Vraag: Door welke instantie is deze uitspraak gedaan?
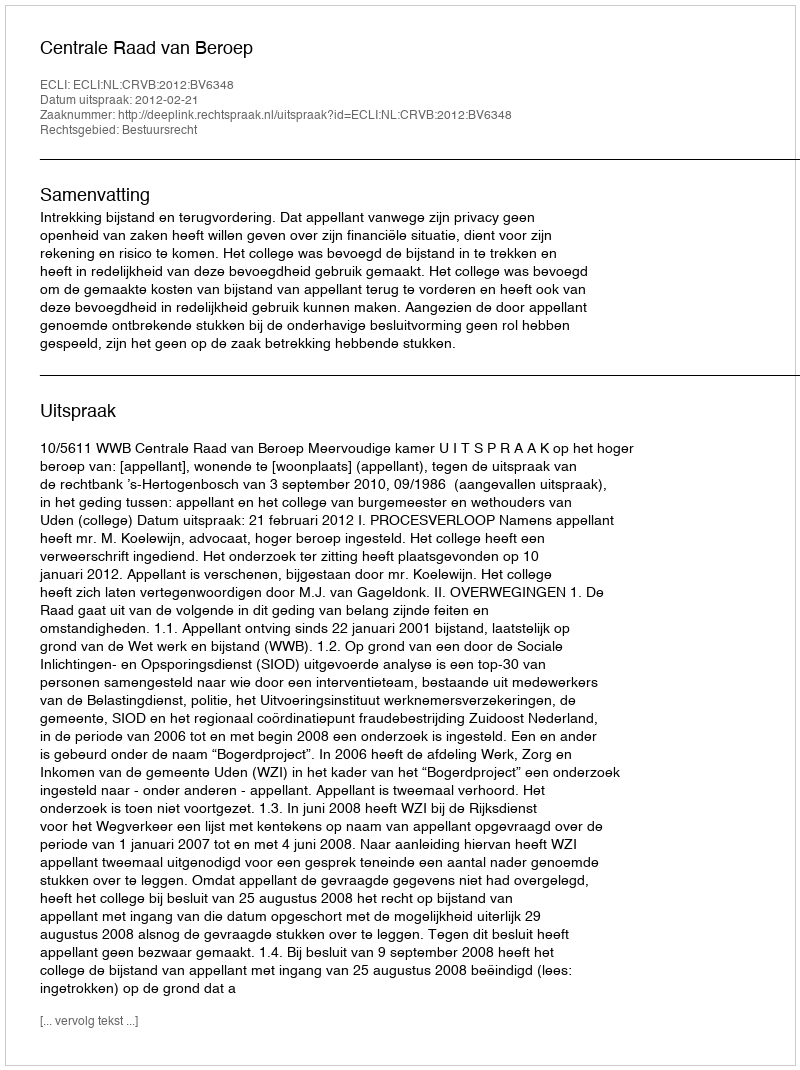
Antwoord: Centrale Raad van Beroep